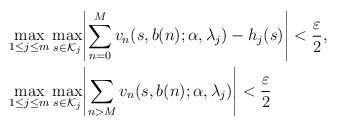
LaTeX: \begin{align*}&\max_{1 \le j \le m} \max_{s \in \mathcal{K}_j} \Biggl| \sum_{n=0}^M v_n(s,b(n);\alpha,\lambda_j) - h_j (s) \Biggr| < \frac{\varepsilon}{2}, \\&\max_{1 \le j \le m} \max_{s \in \mathcal{K}_j} \Biggl| \sum_{n>M} v_n(s,b(n);\alpha,\lambda_j) \Biggr| < \frac{\varepsilon}{2}\end{align*}